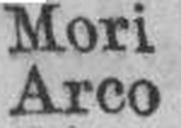
Arco